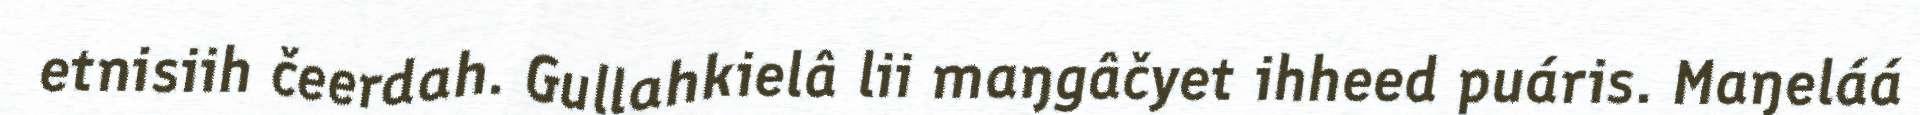
etnisiih čeerdah. Gullahkielâ lii maŋgâčyet ihheed puáris. Maŋeláá